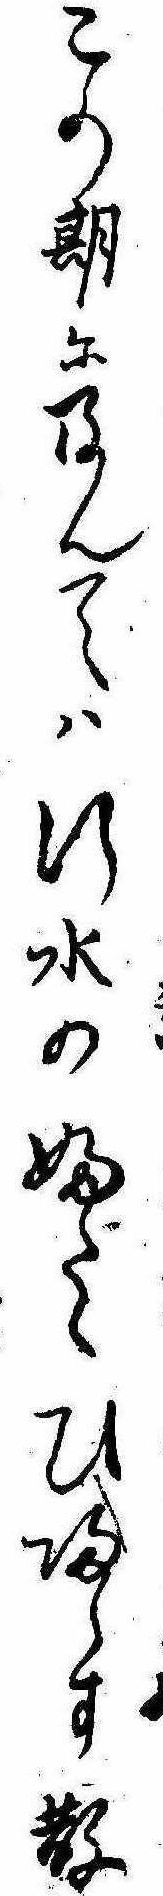
この期に及んては行水のふたゝひ帰らす散